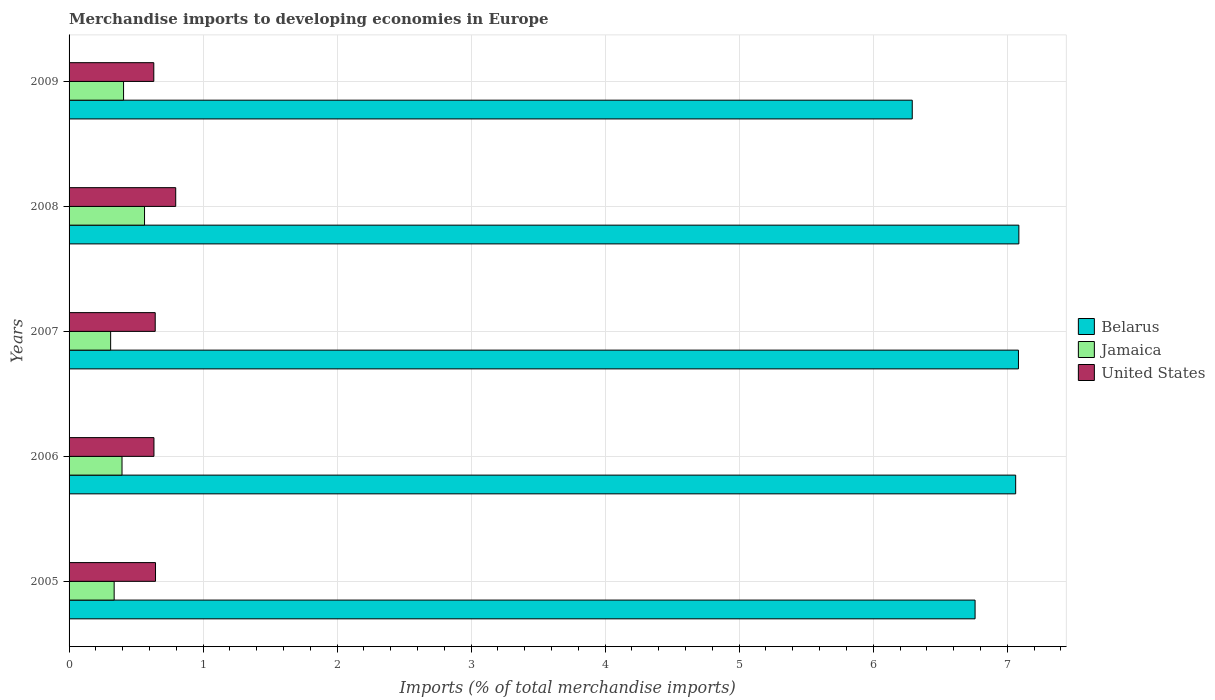
| Years | Belarus | Jamaica | United States |
 | --- | --- | --- | --- |
 | 2005 | 6.76 | 0.336 | 0.645 |
 | 2006 | 7.06 | 0.395 | 0.633 |
 | 2007 | 7.08 | 0.31 | 0.643 |
 | 2008 | 7.09 | 0.563 | 0.796 |
 | 2009 | 6.29 | 0.407 | 0.632 |